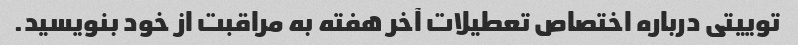
توییتی درباره اختصاص تعطیلات آخر هفته به مراقبت از خود بنویسید.